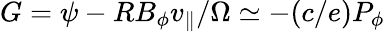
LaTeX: G=\psi-RB_{\phi}v_{\| }/\Omega\simeq-(c/e)P_{\phi}